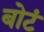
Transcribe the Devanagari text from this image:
बोटं